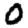
Digit: 0